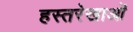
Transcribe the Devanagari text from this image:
हस्तरेखाओं